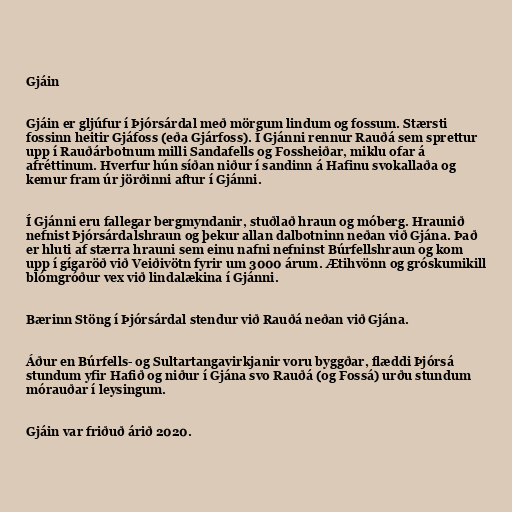
Gjáin

Gjáin er gljúfur í Þjórsárdal með mörgum lindum og fossum. Stærsti
fossinn heitir Gjáfoss (eða Gjárfoss). Í Gjánni rennur Rauðá sem sprettur
upp í Rauðárbotnum milli Sandafells og Fossheiðar, miklu ofar á
afréttinum. Hverfur hún síðan niður í sandinn á Hafinu svokallaða og
kemur fram úr jörðinni aftur í Gjánni.

Í Gjánni eru fallegar bergmyndanir, stuðlað hraun og móberg. Hraunið
nefnist Þjórsárdalshraun og þekur allan dalbotninn neðan við Gjána. Það
er hluti af stærra hrauni sem einu nafni nefninst Búrfellshraun og kom
upp í gígaröð við Veiðivötn fyrir um 3000 árum. Ætihvönn og gróskumikill
blómgróður vex við lindalækina í Gjánni.

Bærinn Stöng í Þjórsárdal stendur við Rauðá neðan við Gjána.

Áður en Búrfells- og Sultartangavirkjanir voru byggðar, flæddi Þjórsá
stundum yfir Hafið og niður í Gjána svo Rauðá (og Fossá) urðu stundum
mórauðar í leysingum.

Gjáin var friðuð árið 2020.